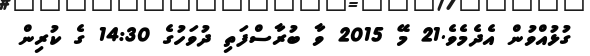
ގުޅުއްވުން އެދެމެވެ.21 މޭ 2015 ވާ ބުރާސްފަތި ދުވަހުގެ 14:30 ގެ ކުރިން